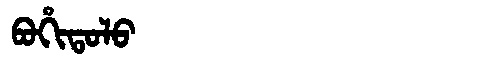
Manchu: ᠪᠣᡥᡳᡨᠣᠯᠣ
Romanization: BOHITOLO